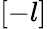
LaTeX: [-l]